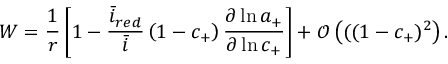
W = \frac { 1 } { r } \left[ 1 - \frac { \bar { i } _ { r e d } } { \bar { i } } \left( 1 - c _ { + } \right) \frac { \partial \ln { a _ { + } } } { \partial \ln { c _ { + } } } \right] + \mathcal { O } \left( ( ( 1 - c _ { + } ) ^ { 2 } \right) .